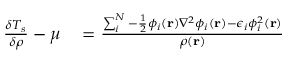
\begin{array} { r l } { \frac { \delta T _ { s } } { \delta \rho } - \mu } & { { } = \frac { \sum _ { i } ^ { N } - \frac { 1 } { 2 } \phi _ { i } ( \mathbf { r } ) \nabla ^ { 2 } \phi _ { i } ( \mathbf { r } ) - \epsilon _ { i } \phi _ { i } ^ { 2 } ( \mathbf { r } ) } { \rho ( \mathbf { r } ) } } \end{array}